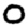
Digit: 0